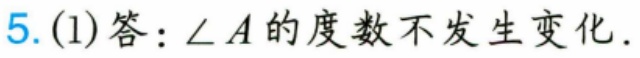
5.(1)答：\(\angle A\)的度数不发生变化.